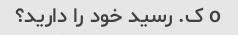
o ک. رسید خود را دارید؟